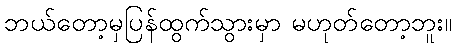
ဘယ်တော့မှပြန်ထွက်သွားမှာ မဟုတ်တော့ဘူး။